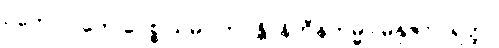
ဥဘောပိ တေ ပေစ္စ သမာ ဘဝန္တိ၊ နိဟီနကမ္မာ မနုဇာ ပရတ္ထ။